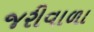
જરીવાળા